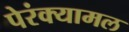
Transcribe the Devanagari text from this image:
पेरंक्यामल